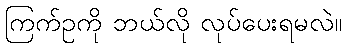
ကြက်ဥကို ဘယ်လို လုပ်ပေးရမလဲ။